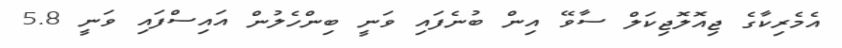
އެމެރިކާގެ ޖިއޮލޮޖިކަލް ސާވޭ އިން ބުނެފައި ވަނީ ބިންހެލުން އައިސްފައި ވަނީ 5.8